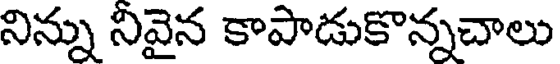
నిన్ను నివైన కాపాడుకొన్నచాలు